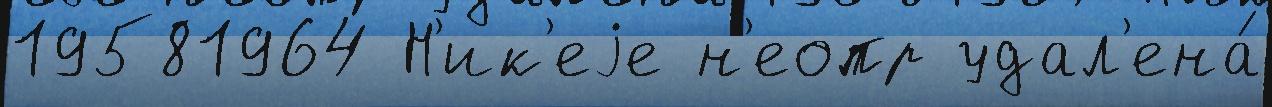
19581964 Н'ик'еjе н'еопр удал'ена́